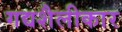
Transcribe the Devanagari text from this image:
गद्यशैलीकार